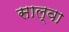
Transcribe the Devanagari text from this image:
साल्वा